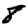
Digit: 8